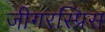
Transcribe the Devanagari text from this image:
जीगरस्प्रिस